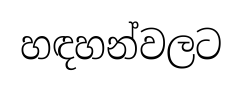
හඳහන්වලට